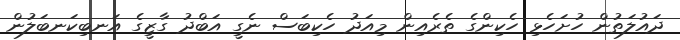
ދައުލަތުން ހުށަހެޅި ހެކިންގެ ތެރެއިން މިއަދު ހެކިބަސް ނެގީ އަބްދު ގާޒީގެ އަނބިކަނބަލުން